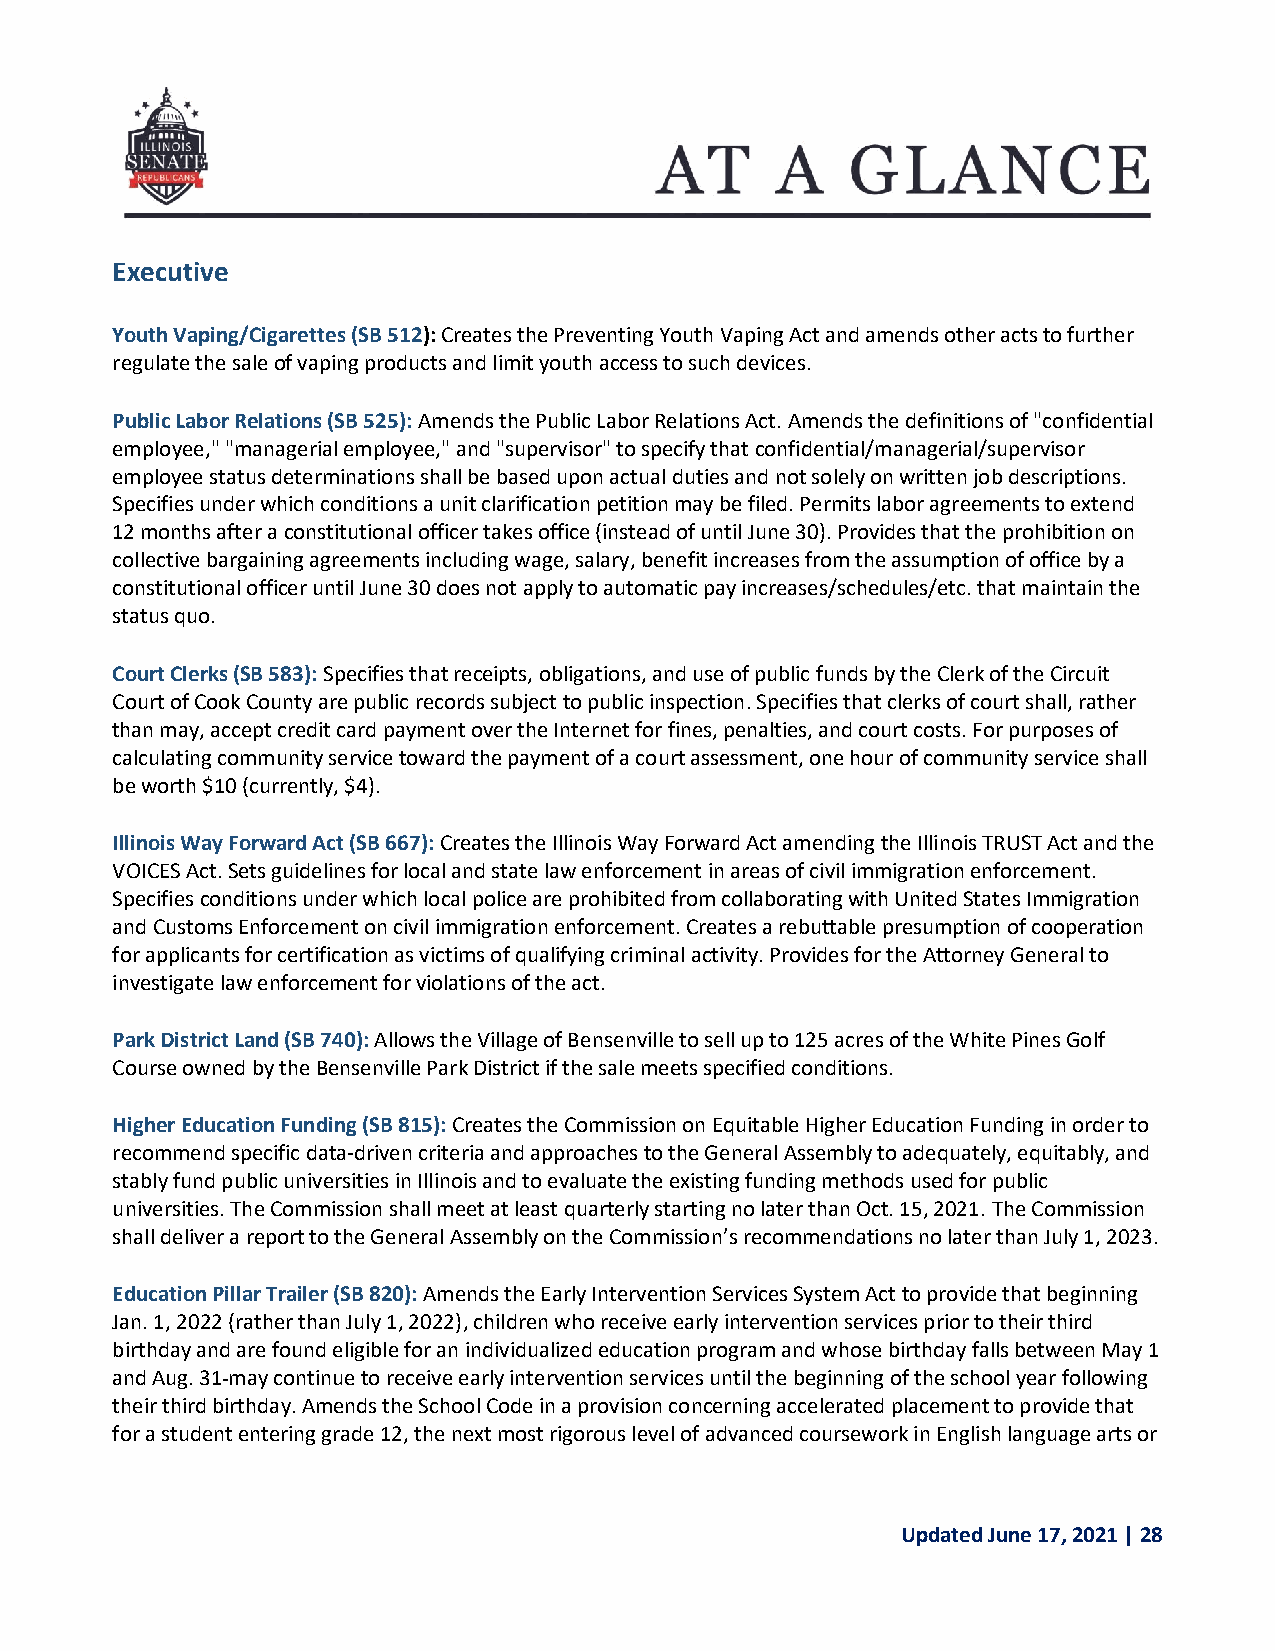
Executive
 Youth Vaping/Cigarettes (SB 512): Creates the Preventing Youth Vaping Act and amends other acts to further
 regulate the sale of vaping products and limit youth access to such devices.
 Public Labor Relations (SB 525): Amends the Public Labor Relations Act. Amends the definitions of "confidential
 employee," "managerial employee," and "supervisor" to specify that confidential/managerial/supervisor
 employee status determinations shall be based upon actual duties and not solely on written job descriptions.
 Specifies under which conditions a unit clarification petition may be filed. Permits labor agreements to extend
 12 months after a constitutional officer takes office (instead of until June 30). Provides that the prohibition on
 collective bargaining agreements including wage, salary, benefit increases from the assumption of office by a
 constitutional officer until June 30 does not apply to automatic pay increases/schedules/etc. that maintain the
 status quo.
 Court Clerks (SB 583): Specifies that receipts, obligations, and use of public funds by the Clerk of the Circuit
 Court of Cook County are public records subject to public inspection. Specifies that clerks of court shall, rather
 than may, accept credit card payment over the Internet for fines, penalties, and court costs. For purposes of
 calculating community service toward the payment of a court assessment, one hour of community service shall
 be worth $10 (currently, $4).
 Illinois Way Forward Act (SB 667): Creates the Illinois Way Forward Act amending the Illinois TRUST Act and the
 VOICES Act. Sets guidelines for local and state law enforcement in areas of civil immigration enforcement.
 Specifies conditions under which local police are prohibited from collaborating with United States Immigration
 and Customs Enforcement on civil immigration enforcement. Creates a rebuttable presumption of cooperation
 for applicants for certification as victims of qualifying criminal activity. Provides for the Attorney General to
 investigate law enforcement for violations of the act.
 Park District Land (SB 740): Allows the Village of Bensenville to sell up to 125 acres of the White Pines Golf
 Course owned by the Bensenville Park District if the sale meets specified conditions.
 Higher Education Funding (SB 815): Creates the Commission on Equitable Higher Education Funding in order to
 recommend specific data-driven criteria and approaches to the General Assembly to adequately, equitably, and
 stably fund public universities in Illinois and to evaluate the existing funding methods used for public
 universities. The Commission shall meet at least quarterly starting no later than Oct. 15, 2021. The Commission
 shall deliver a report to the General Assembly on the Commission’s recommendations no later than July 1, 2023.
 Education Pillar Trailer (SB 820): Amends the Early Intervention Services System Act to provide that beginning
 Jan. 1, 2022 (rather than July 1, 2022), children who receive early intervention services prior to their third
 birthday and are found eligible for an individualized education program and whose birthday falls between May 1
 and Aug. 31 may continue to receive early intervention services until the beginning of the school year following
 their third birthday. Amends the School Code in a provision concerning accelerated placement to provide that
 for a student entering grade 12, the next most rigorous level of advanced coursework in English language arts or
 Updated June 17, 2021 | 28